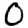
Digit: 0